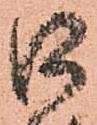
口